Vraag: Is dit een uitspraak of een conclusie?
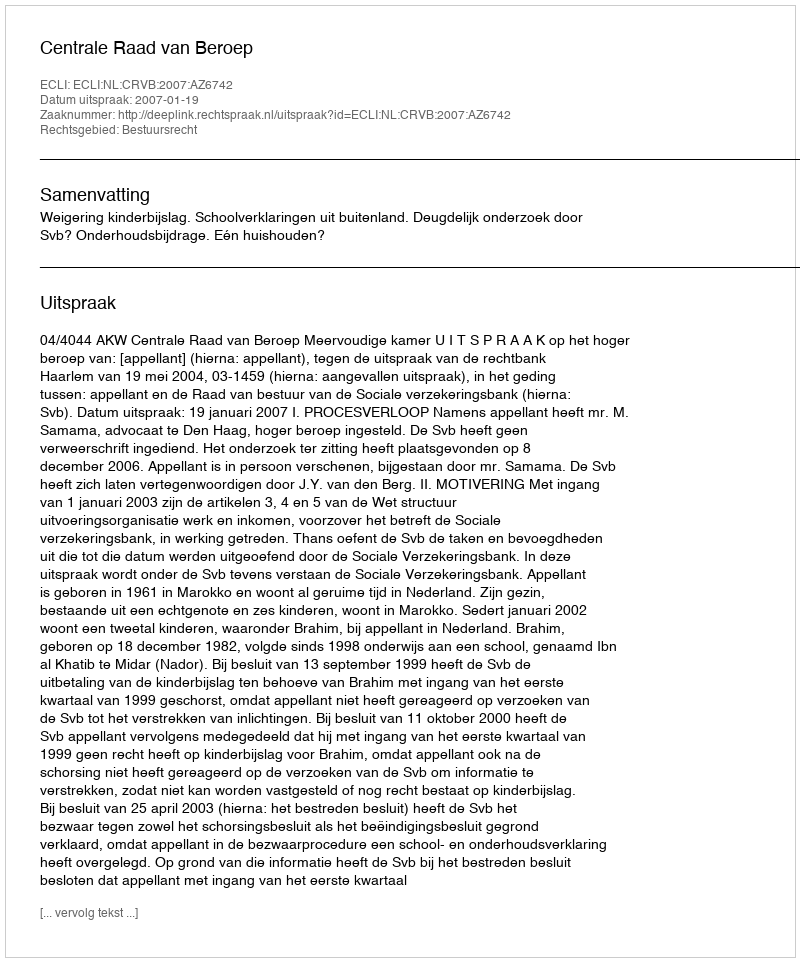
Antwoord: Uitspraak